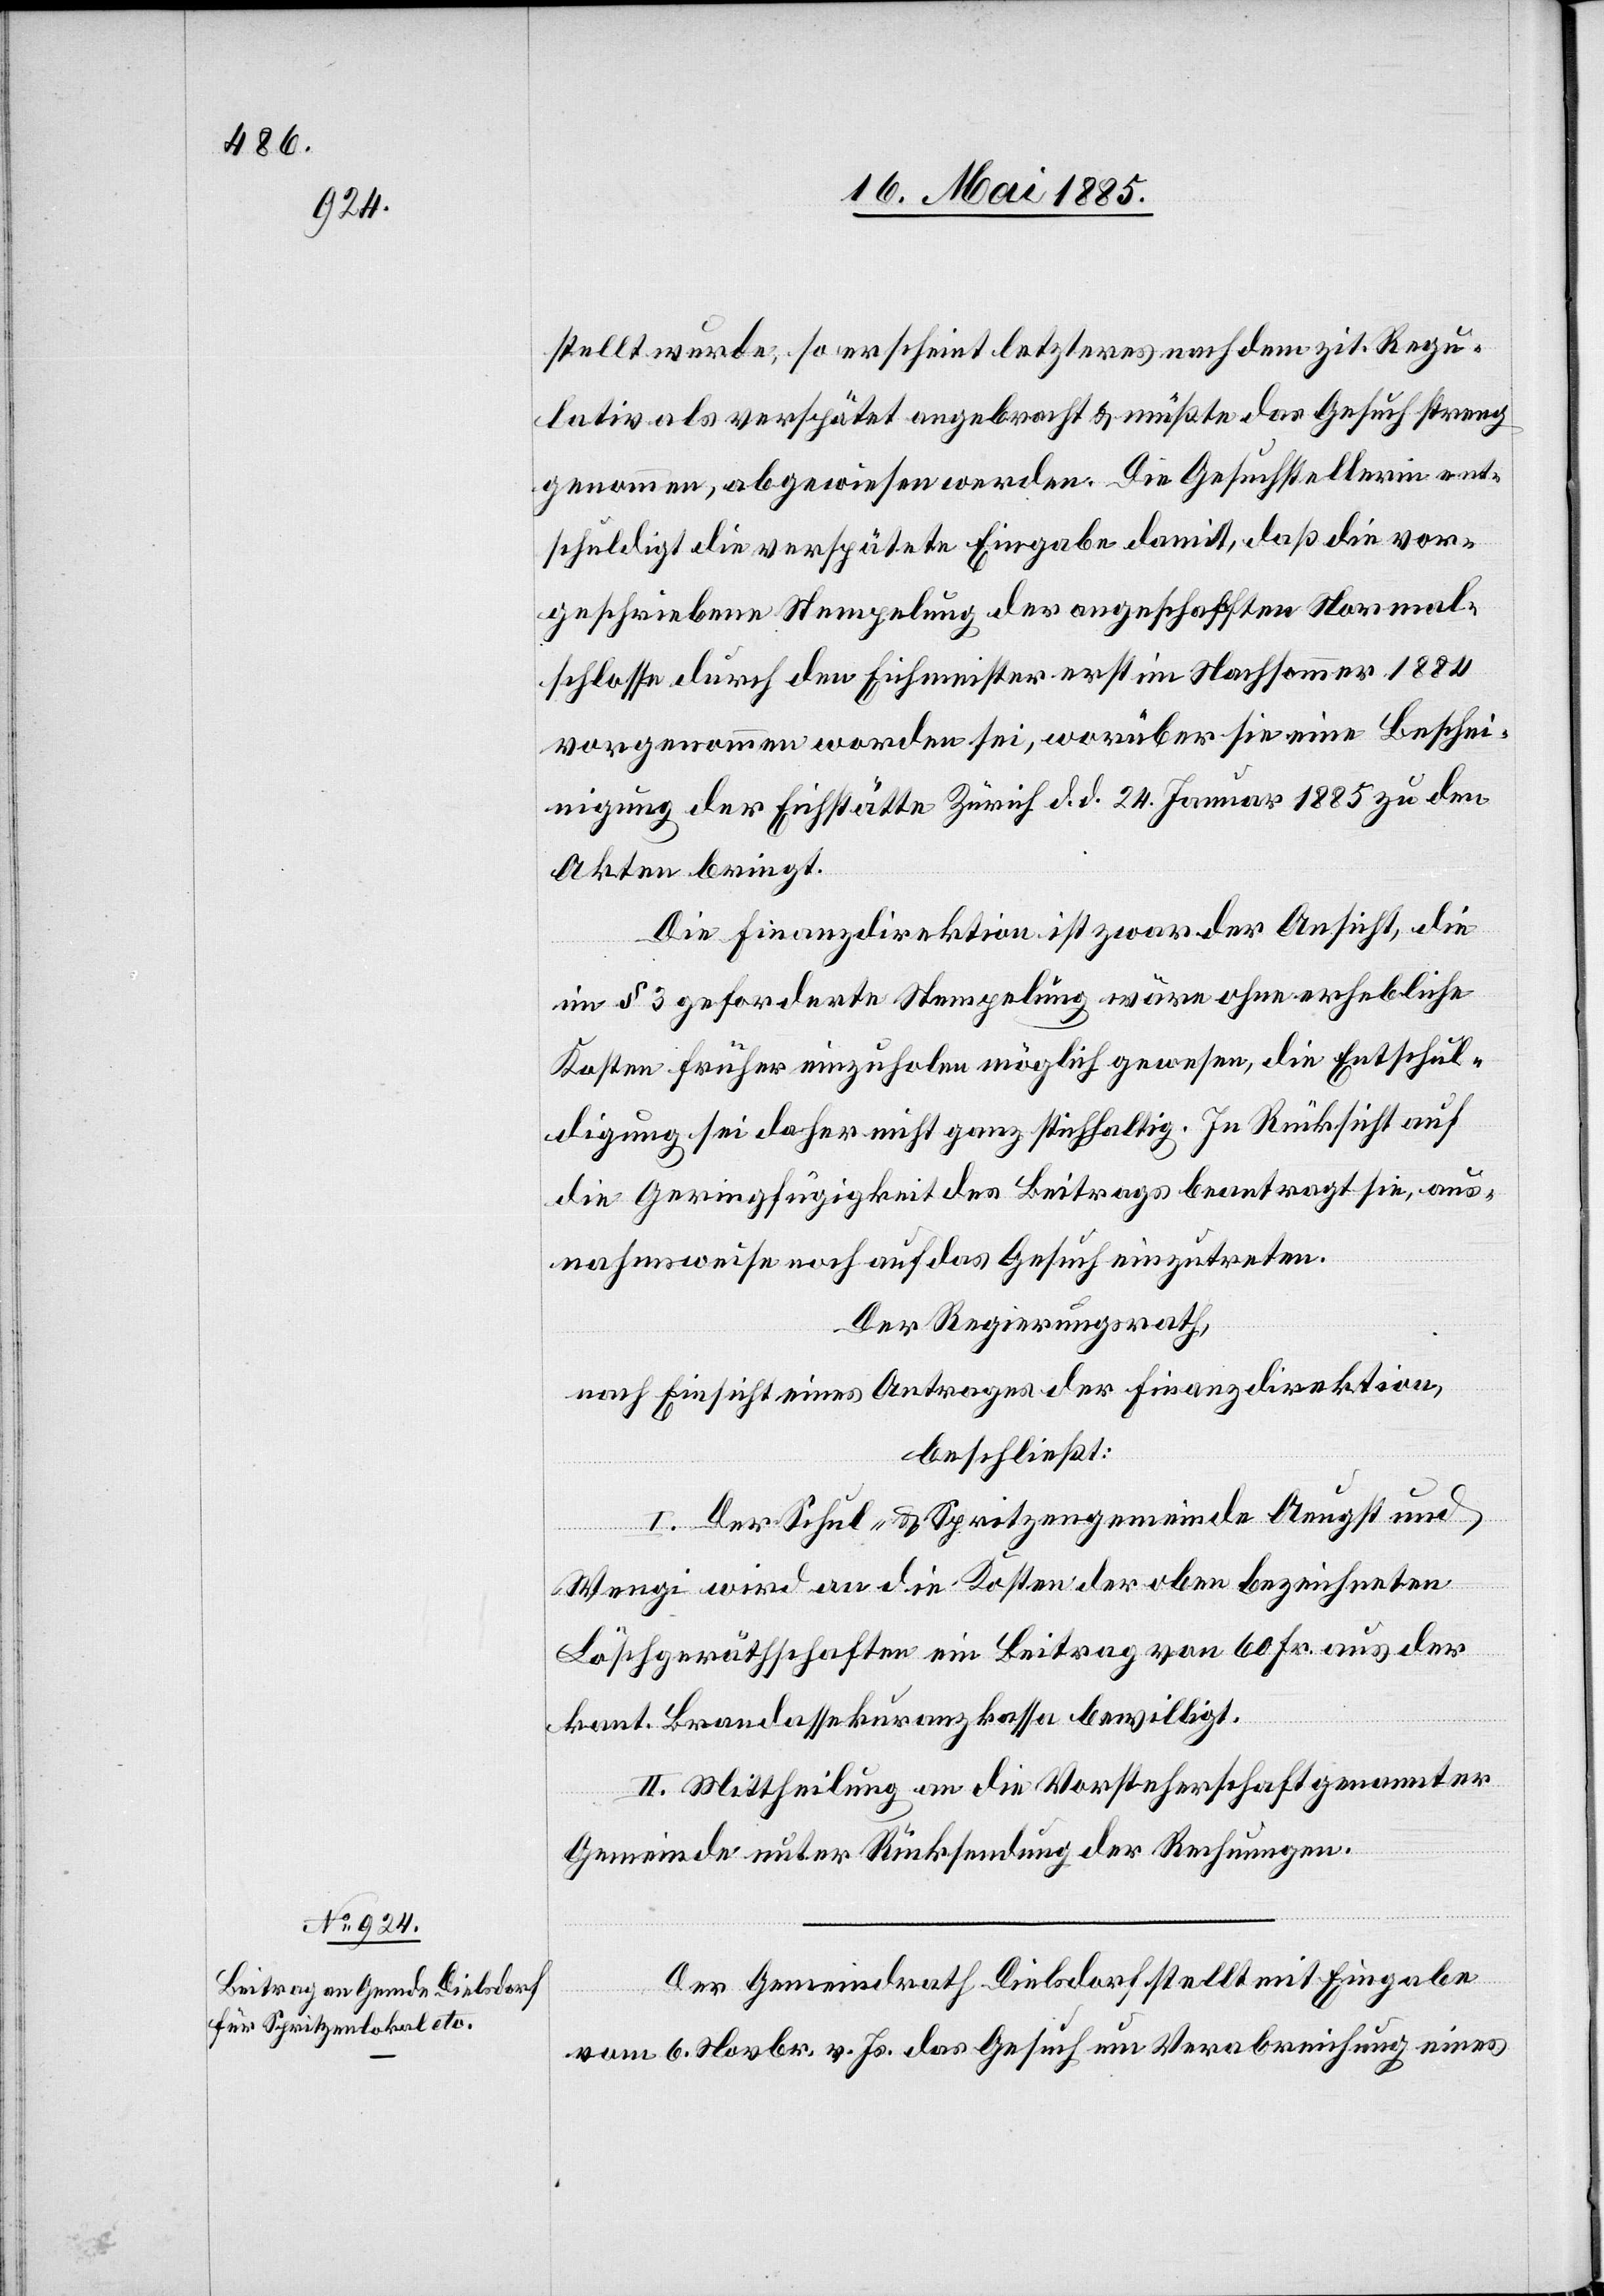
stellt wurde, so erscheint letzteres nach dem zit. Regu¬
lativ als verspätet angebracht & müßte das Gesuch streng
genommen, abgewiesen werden. Die Gesuchstellerin ent¬
schuldigt die verspätete Eingabe damit, daß die vor¬
geschriebene Stempelung der angeschafften Normal¬
schlosse durch den Eichmeister erst im Nachsommer 1884
vorgenommen worden sei, worüber sie eine Beschei¬
nigung der Eichstätte Zürich d. d. 24. Januar 1885 zu den
Akten bringt.
Die Finanzdirektion ist zwar der Ansicht, die
in § 3 geforderte Stempelung wäre ohne erhebliche
Kosten früher einzuholen möglich gewesen, die Entschul¬
digung sei daher nicht ganz stichhaltig. In Rücksicht auf
die Geringfügigkeit des Beitrags beantragt sie, aus¬
nahmsweise noch auf das Gesuch einzutreten.
Der Regierungsrath,
nach Einsicht eines Antrages der Finanzdirektion,
beschließt:
I. Der Schul- & Spritzengemeinde Aeugst und
Wengi wird an die Kosten der oben bezeichneten
Löschgeräthschaften ein Beitrag von 60 Fr. aus der
kant. Brandassekuranzkasse bewilligt.
II. Mittheilung an die Vorsteherschaft genannter
Gemeinde unter Rücksendung der Rechnungen.
Der Gemeindrath Dielsdorf stellt mit Eingabe
vom 6. Novbr. v. Js. das Gesuch um Verabreichung eines